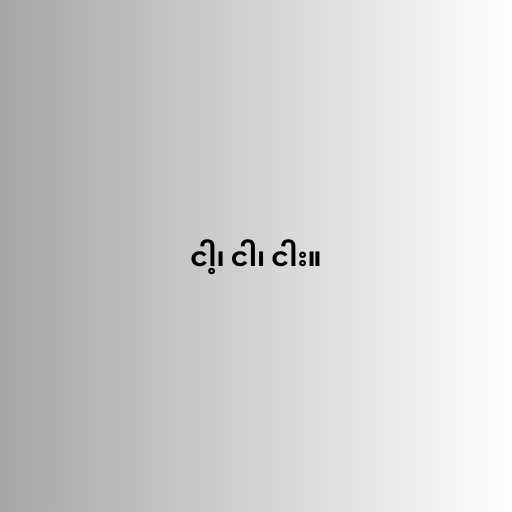
ငါ့၊ ငါ၊ ငါး။